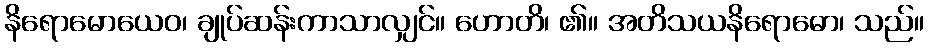
နိရောမောယေဝ၊ ချုပ်ဆန်းကာသာလျှင်။ ဟောတိ၊ ၏။ အတိသယနိရောဓော၊ သည်။